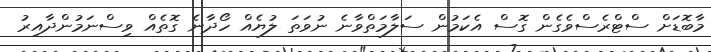
މާބޮޑަށް ސްޓްރެސްވެގެން ގޮސް އެކަމުން ސަލާމަތްވާނެ ނުވަތަ ލުޔެއް ހޯދާނެ ގޮތެއް ވިސްނަމުންދާއިރު